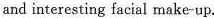
and interesting facial make-up.